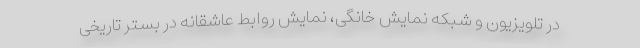
در تلویزیون و شبکه نمایش خانگی، نمایش روابط عاشقانه در بستر تاریخی